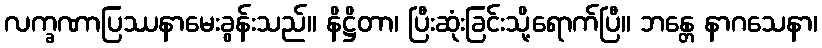
လက္ခဏာပြဿနာမေးခွန်းသည်။ နိဋ္ဌိတာ၊ ပြီးဆုံးခြင်းသို့ရောက်ပြီ။ ဘန္တေ နာဂသေနာ၊